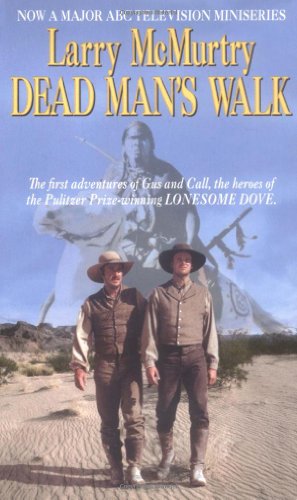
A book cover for Dead Man's Walk (Lonesome Dove); Larry McMurtry; Literature & Fiction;